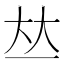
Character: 𠀤